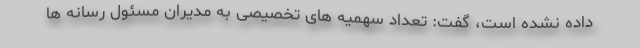
داده نشده است، گفت: تعداد سهمیه های تخصیصی به مدیران مسئول رسانه ها